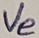
Text: Ve